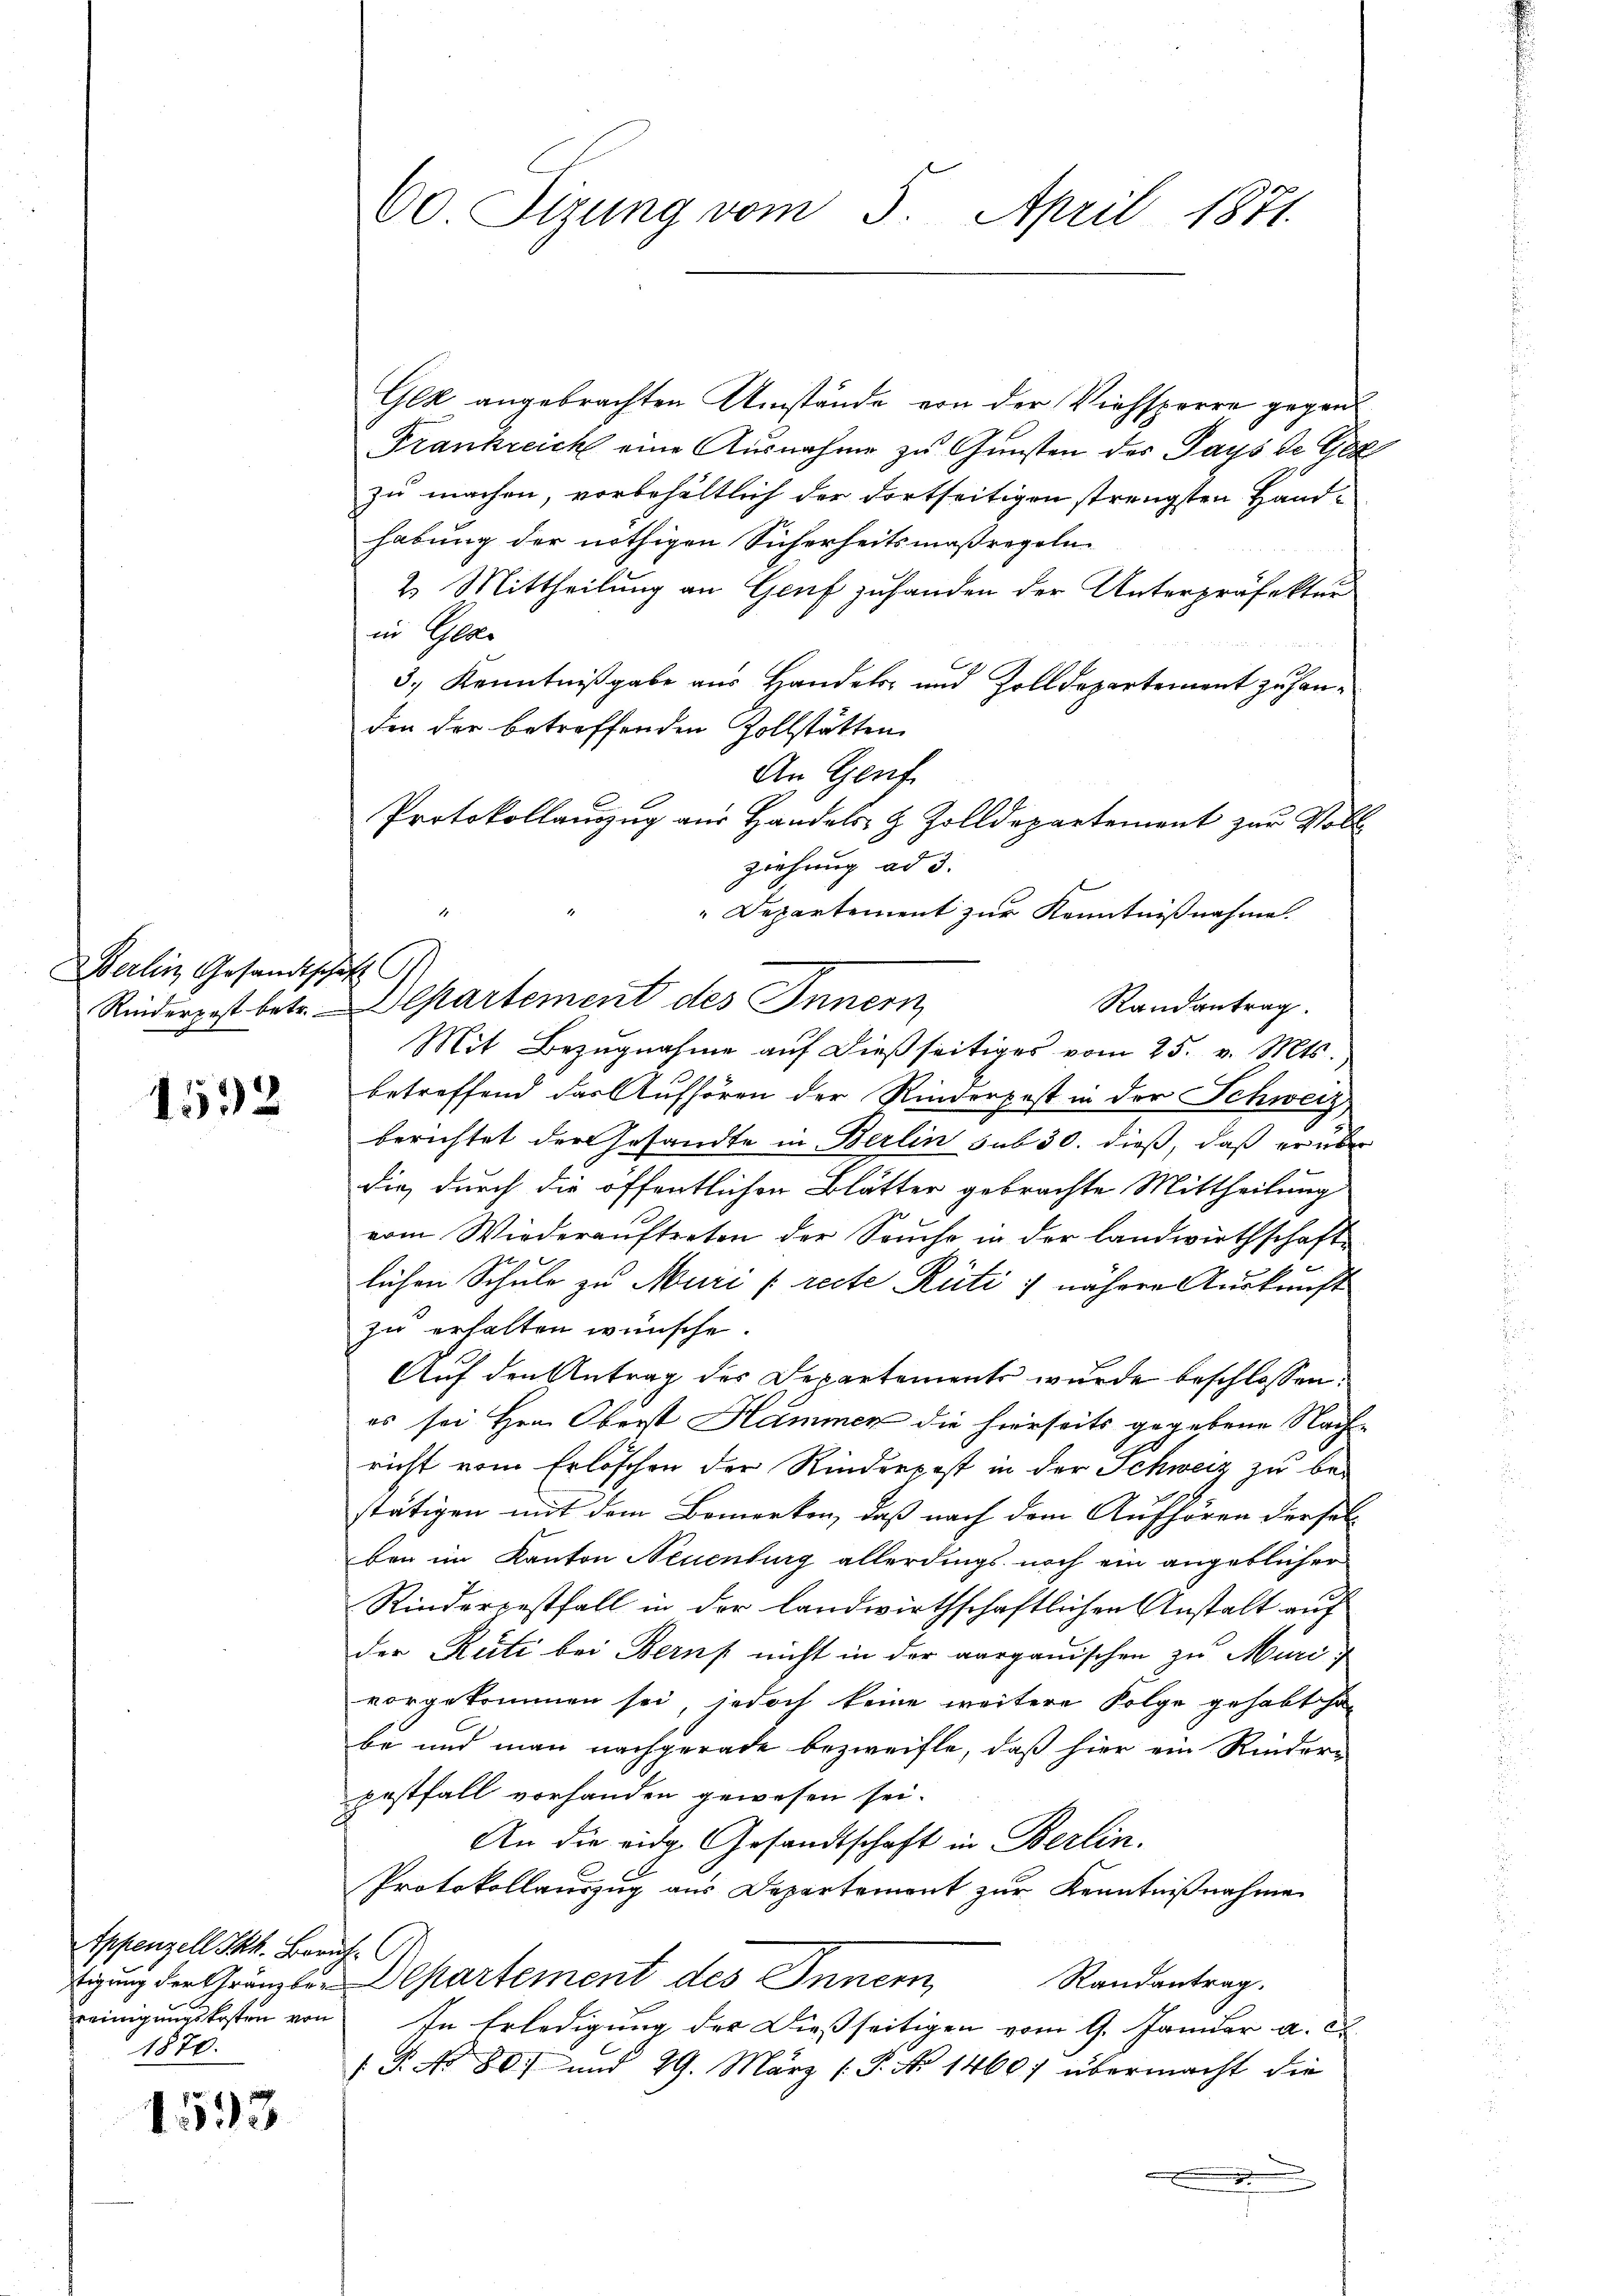
Berlin Gesandtschaft

1532

Appenzell Tkk. Beruh
1870.

1593

60 Sizung vom 5. April 1871.

Gez angebrachten Umstände von der Viehsperre gegen
Frankreich eine Ausnahme zu Gunsten des Pays de Get
zu machen, vorbehältlich der Fortseitigen strengsten Handhabung der nöthigen Sicherheitsmaßregeln.
2. Mittheilung an Genf zufanden der Unterpräfektur
in Gese
3.) Kenntnißgabe aus Handels- und Zolldepartement zu handen der betreffenden Zollstätten
An Genf
Protokollauszug aus Handels- & Zolldepartement zur Vollt
Departement zur Kenntnißnahme.
Randantrag.
Mit Bezugnahme auf dießseitiges vom 25. v. Mts.,
betreffend das Aufhören der Rinderpost in der Schweiz
berichtet der Gesandte in Berlin sub 30. dieß, daß er über
die, durch die öffentlichen Blätter gebrachte Mittheilung
vom Wiederauftreten der Souche in der Landwirthschafte
lichen Schule zu Muri [recte Rüti ; nähere Auskunft
zu erhalten wünsche.
Auf den Antrag des Departements wurde beschlossen:
es sei Hrn. Oberst Hammer die hierseits gegebene Nach-
richt vom Erlöschen der Rinderpost in der Schweiz zu be-
stätigen mit dem Bemerken, daß nach dem Aufhören dersel-
ben im Kanton Neuenburg allerdings noch ein angeblicher
Rinderpestfall in der landwirthschaftlichen Anstalt auf
der Rüti bei Berns nicht in der aargauischen zu Muri
vorgekommen sei, jedoch keine weitere Folge gehabt ha
be und man nachgerade bezweifle, daß hier ein Rinder-
pestfall vorhanden gewesen sei.
An die eidg. Gesandtschaft in Berlin.
Protokollauszug aus Departement zur Kenntnißnahme
tigung der Gränzli. Departement des Innern
Randantrag.
reinigungskosten von In Erledigung der Dießseitigen vom 9. Janider a. c.
( P. No 80. und 29. März (P. No 1460) übermacht die
.

ziehung ad 3.
Rinderpost betr. Departement des Innern